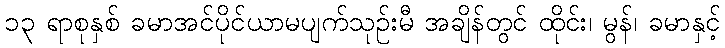
၁၃ ရာစုနှစ် ခမာအင်ပိုင်ယာမပျက်သုဉ်းမီ အချိန်တွင် ထိုင်း၊ မွန်၊ ခမာနှင့်